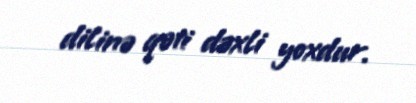
dilinə qəti dəxli yoxdur.